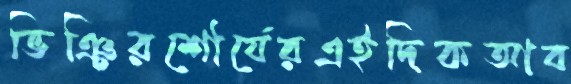
ভিঞ্চিরশৌর্যেরএইদিকআব